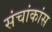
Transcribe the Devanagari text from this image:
संचांकांस